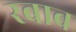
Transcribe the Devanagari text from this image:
रबाब